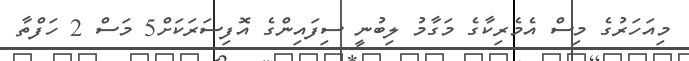
މިއަހަރުގެ މިސް އެމެރިކާގެ މަގާމު ލިބުނީ ސިފައިންގެ އޮފިސަރަކަށް5 މަސް 2 ހަފްތާ